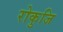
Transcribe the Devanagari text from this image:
रोकुजि